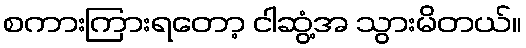
စကားကြားရတော့ ငါဆွံ့အ သွားမိတယ်။